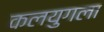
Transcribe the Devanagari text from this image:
कलयुगला